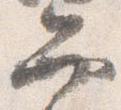
弁